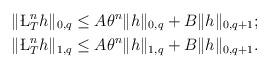
LaTeX: \begin{align*}&\|\L^n_{T} h\|_{0,q}\leq A \theta^n\|h\|_{0,q}+B\|h\|_{0,q+1};\\&\|\L^n_{T} h\|_{1,q}\leq A\theta^n\|h\|_{1,q}+B \|h\|_{0,q+1}.\end{align*}